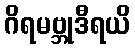
ဂိရမဗ္ဘုဒီရယိ